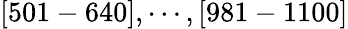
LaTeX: [501-640],\cdots,[981-1100]